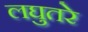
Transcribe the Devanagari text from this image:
लघुतरे